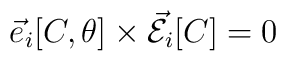
\vec{e}_{i}[C,\theta] \times \vec{\cal E}_{i}[C]=0